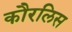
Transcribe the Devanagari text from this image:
कौरलिस